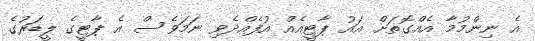
އެ ނިންމުމާ އެއްގޮތަށް އައު ޕާޓީއެއް އުފެއްދެވި ނަމަވެސް އެ ޕާޓީގެ ލީޑަރުގެ